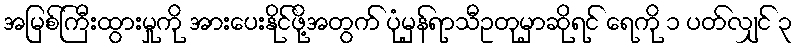
အမြစ်ကြီးထွားမှုကို အားပေးနိုင်ဖို့အတွက် ပုံမှန်ရာသီဥတုမှာဆိုရင် ရေကို ၁ ပတ်လျှင် ၃